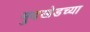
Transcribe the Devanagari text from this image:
मुदखेडच्या